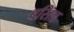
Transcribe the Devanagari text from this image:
बसिल